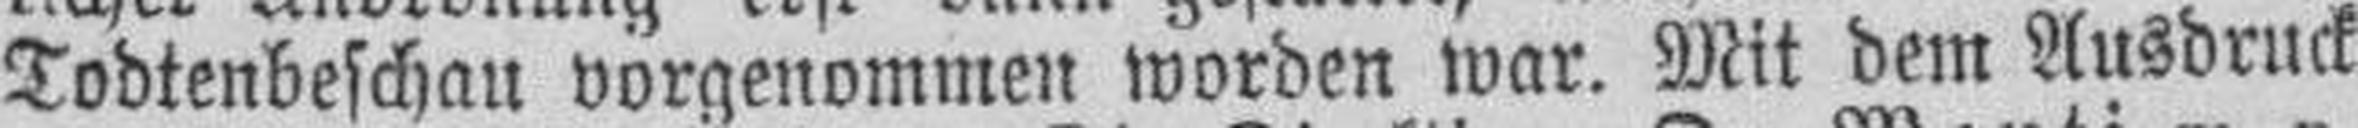
Todtenbeschau vorgenommen worden war. Mit dem Ausdruck